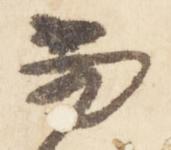
当